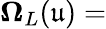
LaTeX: \mathbf{\Omega}_{L}(\mathfrak{u})=